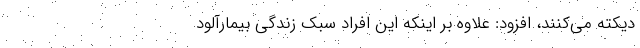
دیکته می‌کنند، افزود: علاوه بر اینکه این افراد سبک زندگی بیمارآلود